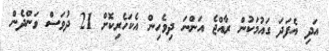
އަދި އެފަދަ ގައުމަކުން ރާއްޖެ އަންނަ ދިވެހިން އެކަހެރިކޮށް 21 ދުވަސް ވަންދެން